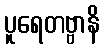
ပူရေတဗ္ဗာနိ